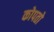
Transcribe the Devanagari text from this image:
कोपतो